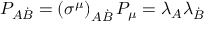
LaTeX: P _ { A \dot { B } } = \left( \sigma ^ { \mu } \right) _ { A \dot { B } } P _ { \mu } = \lambda _ { A } \lambda _ { \dot { B } }